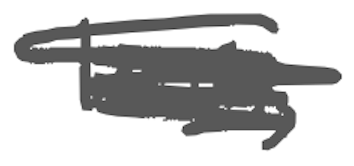
Text: limits
Cross-out: mix
Writing tool: digital_gray